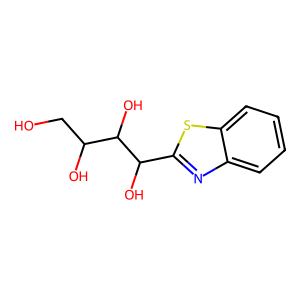
SMILES: OCC(O)C(O)C(O)c1nc2ccccc2s1
Inhibits HIV replication: No